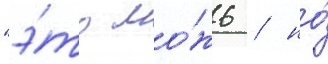
"э́то ло́жь / но́